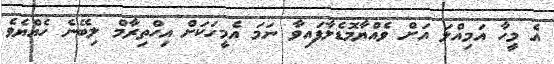
އެ މީހާ އަމިއްލަ އަށް ވެއްޔާމޮޑެލާފައިވާ ނަމަ އެމީހަކަށް އިހްތިރާމް ލިބޭނެ ހެއްޔެވެ